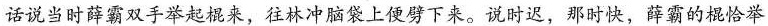
话说当时薛霸双手举起棍来，往林冲脑袋上便劈下来。说时迟，那时快，薛霸的棍恰举